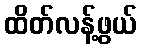
ထိတ်လန့်ဖွယ်